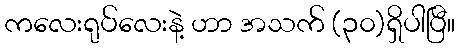
ကလေးရုပ်လေးနဲ့ ဟာ အသက် (၃၀)ရှိပါပြီ။